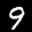
Label: 9